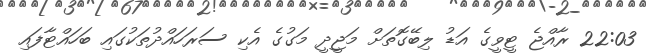
22:03 ރާއްޖެ ޓީވީގެ އަޑު ލިބޭގޮތަށް މަޖީދީ މަގުގެ އެކި ސަރަހައްދުތަކުގައި ބަހައްޓާފައި